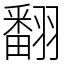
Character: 翻